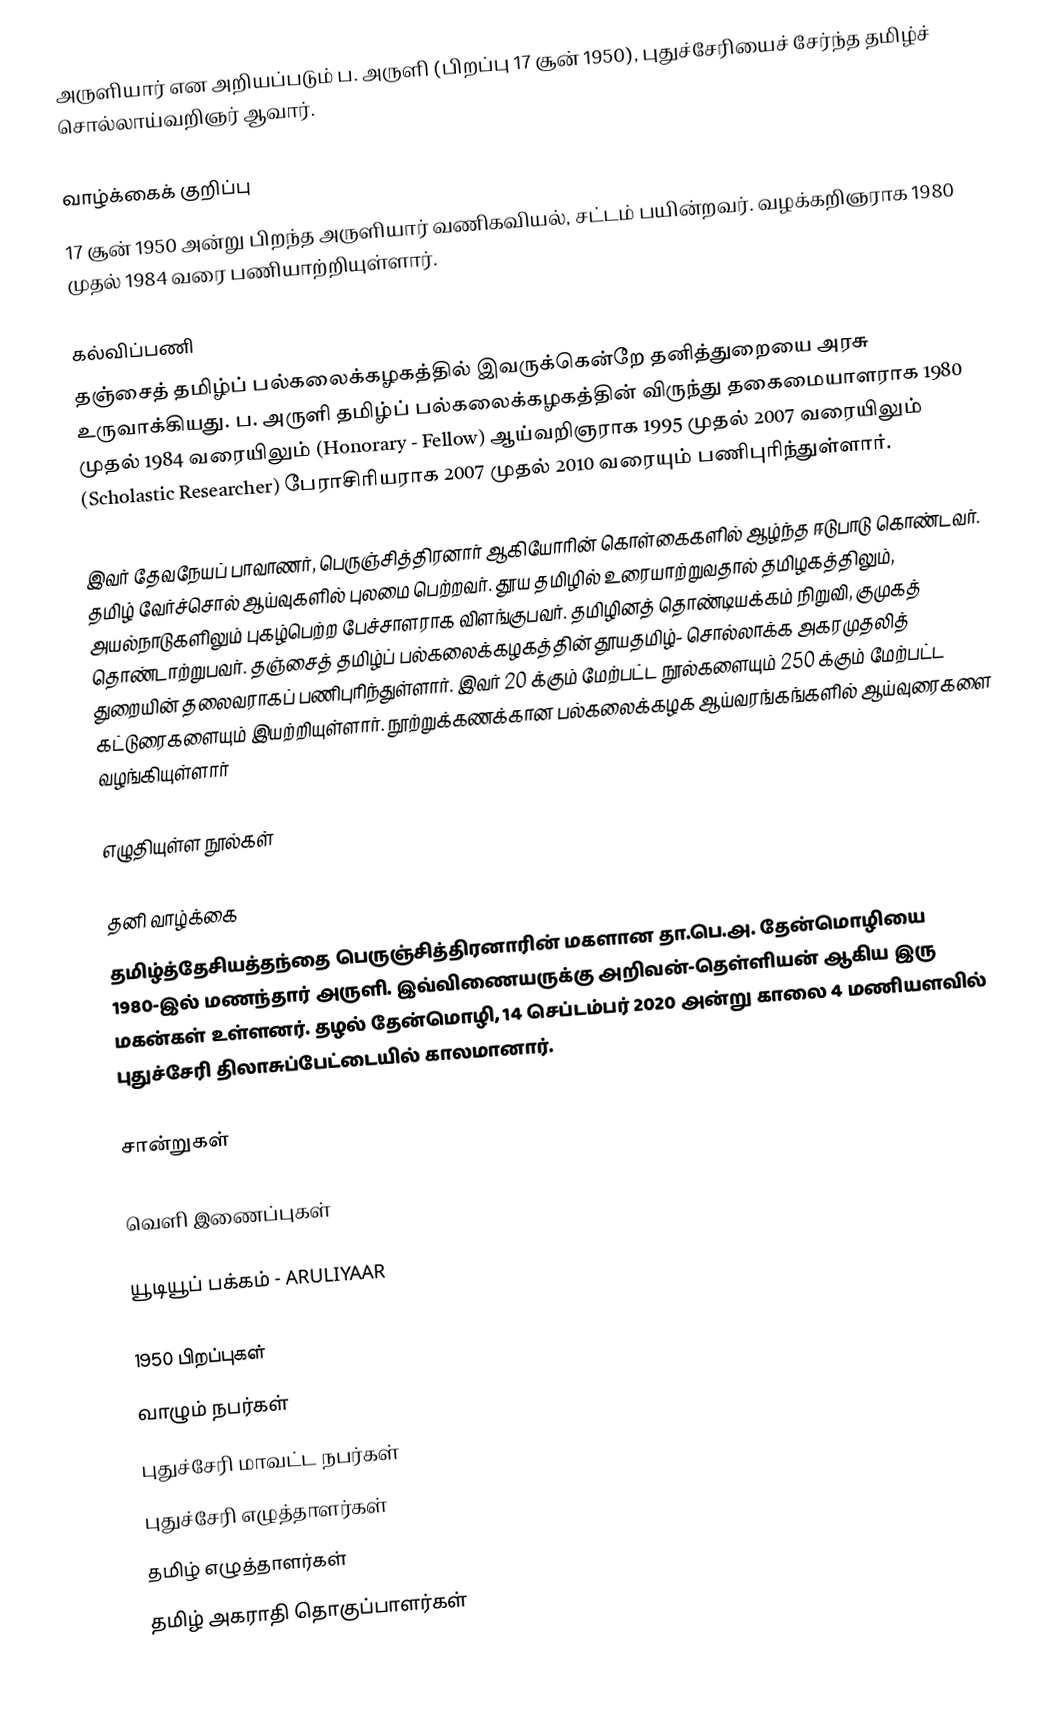
அருளியார் என அறியப்படும் ப. அருளி (பிறப்பு 17 சூன் 1950), புதுச்சேரியைச் சேர்ந்த தமிழ்ச் சொல்லாய்வறிஞர் ஆவார்.

வாழ்க்கைக் குறிப்பு
17 சூன் 1950 அன்று பிறந்த அருளியார்  வணிகவியல், சட்டம் பயின்றவர். வழக்கறிஞராக 1980 முதல் 1984 வரை பணியாற்றியுள்ளார்.

கல்விப்பணி
தஞ்சைத் தமிழ்ப் பல்கலைக்கழகத்தில் இவருக்கென்றே தனித்துறையை அரசு உருவாக்கியது. ப. அருளி தமிழ்ப் பல்கலைக்கழகத்தின் விருந்து தகைமையாளராக 1980 முதல் 1984 வரையிலும் (Honorary - Fellow) ஆய்வறிஞராக 1995 முதல் 2007 வரையிலும் (Scholastic Researcher) பேராசிரியராக 2007 முதல் 2010 வரையும் பணிபுரிந்துள்ளார்.

இவர் தேவநேயப் பாவாணர், பெருஞ்சித்திரனார் ஆகியோரின் கொள்கைகளில் ஆழ்ந்த ஈடுபாடு கொண்டவர். தமிழ் வேர்ச்சொல் ஆய்வுகளில் புலமை பெற்றவர். தூய தமிழில் உரையாற்றுவதால் தமிழகத்திலும், அயல்நாடுகளிலும் புகழ்பெற்ற பேச்சாளராக விளங்குபவர். தமிழினத் தொண்டியக்கம் நிறுவி, குமுகத் தொண்டாற்றுபவர். தஞ்சைத் தமிழ்ப் பல்கலைக்கழகத்தின் தூயதமிழ்- சொல்லாக்க அகரமுதலித் துறையின் தலைவராகப் பணிபுரிந்துள்ளார். இவர் 20 க்கும் மேற்பட்ட நூல்களையும் 250 க்கும் மேற்பட்ட கட்டுரைகளையும் இயற்றியுள்ளார். நூற்றுக்கணக்கான பல்கலைக்கழக ஆய்வரங்கங்களில் ஆய்வுரைகளை வழங்கியுள்ளார்

எழுதியுள்ள நூல்கள்

தனி வாழ்க்கை
தமிழ்த்தேசியத்தந்தை பெருஞ்சித்திரனாரின் மகளான தா.பெ.அ. தேன்மொழியை 1980-இல் மணந்தார் அருளி. இவ்விணையருக்கு அறிவன்-தெள்ளியன் ஆகிய இரு மகன்கள் உள்ளனர். தழல் தேன்மொழி, 14 செப்டம்பர் 2020 அன்று காலை 4 மணியளவில் புதுச்சேரி திலாசுப்பேட்டையில்  காலமானார்.

சான்றுகள்

வெளி இணைப்புகள்

 யூடியூப் பக்கம் - ARULIYAAR

1950 பிறப்புகள்
வாழும் நபர்கள்
புதுச்சேரி மாவட்ட நபர்கள்
புதுச்சேரி எழுத்தாளர்கள்
தமிழ் எழுத்தாளர்கள்
தமிழ் அகராதி தொகுப்பாளர்கள்